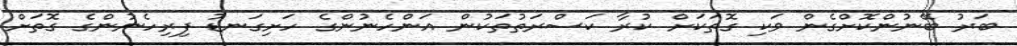
ބަރު ބޭނުންކޮށްގެން ވަކި ގޮތަކަށް ކުރާ ކަސްރަތުތަކުން އަންހެނުންގެ ހަށިގަނޑު ފިރިހެނުންގެ ގޮތަށް